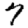
Digit: 7